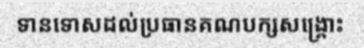
ទានទោសដល់ប្រធានគណបក្សសង្គ្រោះ